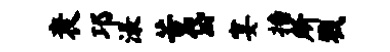
衰邛渌苦岱宴播所戮